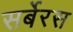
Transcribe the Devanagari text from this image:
सर्बेरस